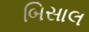
બિસાલ